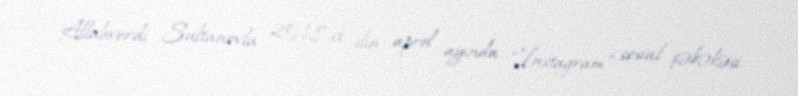
Allahverdi Sultanovla 2018-ci ilin aprel ayında “İnstagram” sosial şəbəkəsi